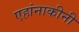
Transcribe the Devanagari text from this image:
एहांनाकीनी